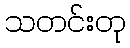
သတင်းတု